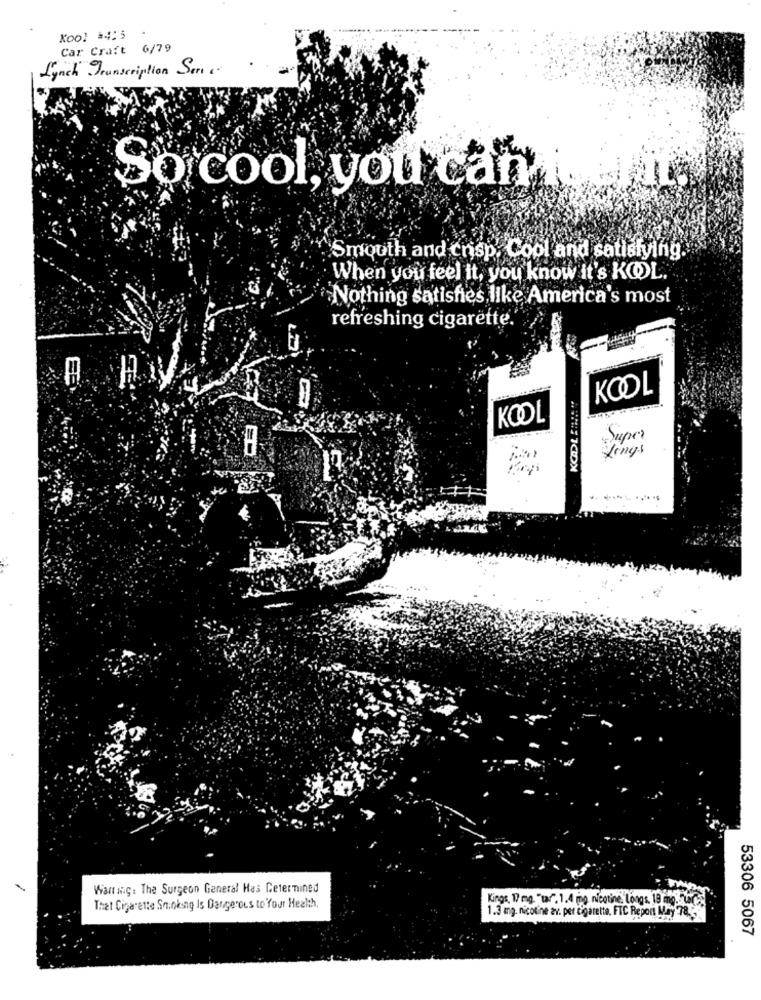
Kool =4:5
Car Craft 6/79
Lynch Transcription Sen c.
So cool, you can init
Smouth and crisp, Cool and satisfying.
When you feel it, you know it's KOL.
Nothing satisfies like America's most
refreshing cigarette.
KOOL
KOOL
Super
Lings
NAWETCIDX
Want ing. The Surgeon General Has Cetermined
Kings, 17 mg. "taf". 1.4 mo nicotine. Longs. 18 0 . Leg
That Cigarette Smoking Is Dangerous to Your Health,
1.3 mg. nicotine av. per cigarette, FTC Report May 78.
53306 5067